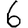
Digit: 6